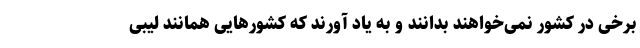
برخی در کشور نمی‌خواهند بدانند و به یاد آورند که کشورهایی همانند لیبی